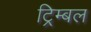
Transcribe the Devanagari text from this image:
ट्रिम्बल